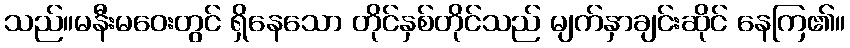
သည်။မနီးမဝေးတွင် ရှိနေသော တိုင်နှစ်တိုင်သည် မျက်နှာချင်းဆိုင် နေကြ၏။